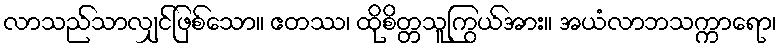
လာသည်သာလျှင်ဖြစ်သော။ ဧတဿ၊ ထိုစိတ္တသူကြွယ်အား။ အယံလာဘသက္ကာရော၊